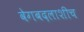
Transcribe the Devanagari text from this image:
वेगबदलाशीच